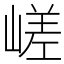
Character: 嵯